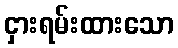
ငှားရမ်းထားသော